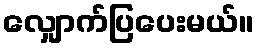
လျှောက်ပြပေးမယ်။